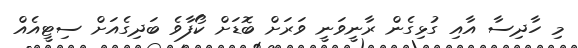
މި ހާދިސާ އާއި ގުޅިގެން ރާނީވަނީ ވަރަށް ބޮޑަށް ކޯފާވެ ބަދިގެއަށް ސިޓީއެއް